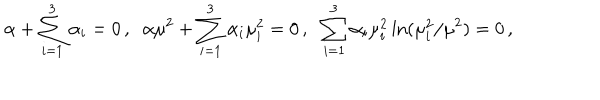
LaTeX: \alpha + \sum _ { i = 1 } ^ { 3 } \alpha _ { i } = 0 \, , \; \; \alpha \mu ^ { 2 } + \sum _ { i = 1 } ^ { 3 } \alpha _ { i } \mu _ { i } ^ { 2 } = 0 \, , \; \; \sum _ { i = 1 } ^ { 3 } \alpha _ { i } \mu _ { i } ^ { 2 } \ln ( \mu _ { i } ^ { 2 } / \mu ^ { 2 } ) = 0 \, ,